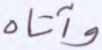
وآتاه